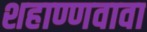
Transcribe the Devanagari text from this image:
शहाण्णवावा